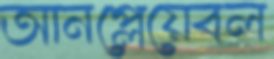
আনপ্লেয়েবল